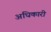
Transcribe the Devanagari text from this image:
अधिकारी